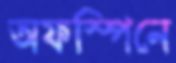
অফস্পিনে